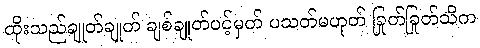
ထိုးသည်ချုတ်ချုတ် ချစ်ချုတ်ပင့်မှတ် ပသတ်မဟုတ် ခြုတ်ခြုတ်သိက